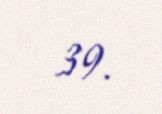
39.